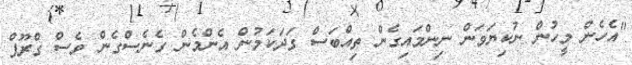
"އެހެން މީހުން ނުކިޔަވަން ނިންމައިގެން ތިއްބަސް ގަދަކަމުން އެންމެން ގެނެސްގެން ވެސް ގްރޫޕް